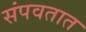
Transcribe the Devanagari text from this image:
संपवतात